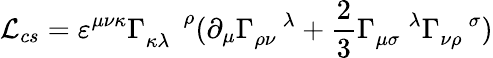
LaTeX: {\cal L}_{cs}=\varepsilon^{\mu\nu\kappa}\Gamma_{\kappa\lambda}^{\, \, \, \, \, \, \, \, \rho}(\partial_{\mu}\Gamma_{\rho\nu}^{\, \, \, \, \, \, \lambda}+\frac 23\Gamma_{\mu\sigma}^{\, \, \, \, \, \, \, \lambda}\Gamma_{\nu\rho}^{\, \, \, \, \, \, \sigma})